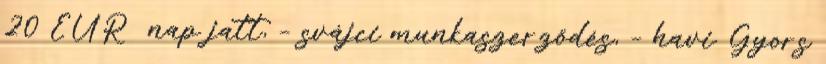
20 EUR nap jatt, – svájci munkaszerződés, – havi. Gyors